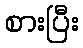
စားပြီး